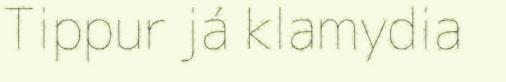
Tippur já klamydia